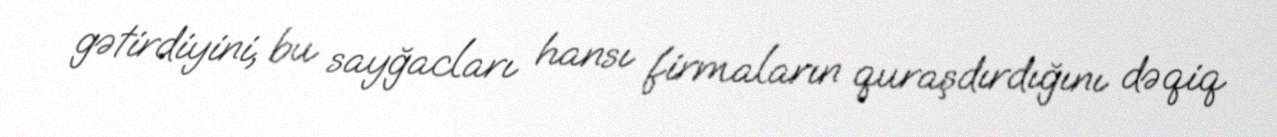
gətirdiyini, bu sayğacları hansı firmaların quraşdırdığını dəqiq